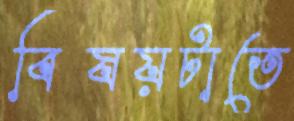
বিষয়টাতে